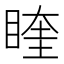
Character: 睳